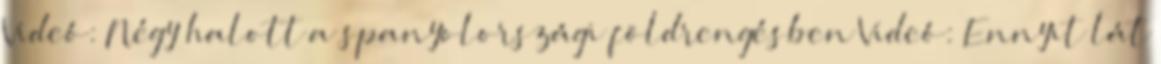
Videó: Négy halott a spanyolországi földrengésben Videó: Ennyit lát